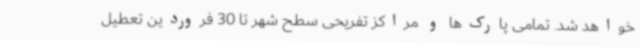
خواهد شد. تمامی پارک‌ها و مراکز تفریحی سطح شهر تا 30 فروردین تعطیل